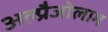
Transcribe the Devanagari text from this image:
अल्प्रैजोलाम